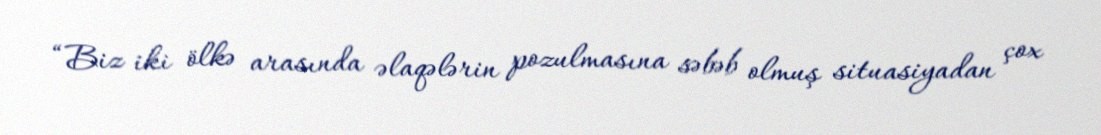
“Biz iki ölkə arasında əlaqələrin pozulmasına səbəb olmuş situasiyadan çox